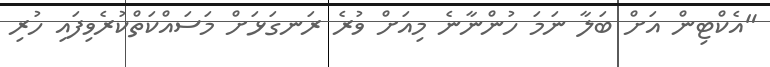
"އެކްޓިން އަށް ބަލާ ނަމަ ހުންނާނެ މިއަށް ވުރެ ރަނގަޅަށް މަސައްކަތްކުރެވިފައި ހުރި